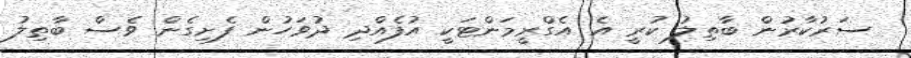
ސަރުކާރުން ބާތިލު ކުރީ އެ އެގްރީމަންޓަކީ އުފެއްދި ދުވަހުން ފެށިގެން ވެސް ބާތިލު